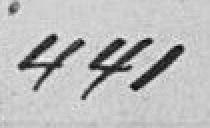
441